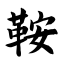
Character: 鞍